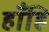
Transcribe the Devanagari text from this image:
हाँहि